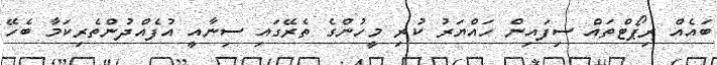
ބައެއް ރިޕޯޓްތައް ސިފައިން ހައްޔަރު ކުރި މީހުންގެ ތެރޭގައި ސިނާއީ އުފެއްދުންތެރިކަމާ ބެހޭ